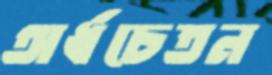
অর্ধচেতন